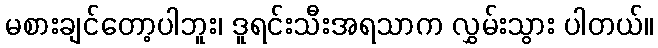
မစားချင်တော့ပါဘူး၊ ဒူရင်းသီးအရသာက လွှမ်းသွား ပါတယ်။